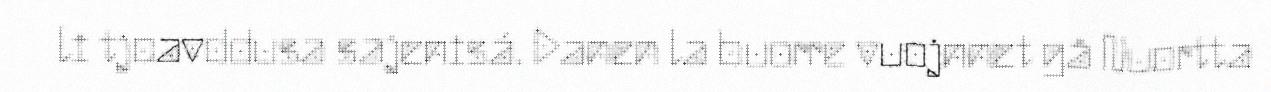
li tjoavddusa sajenisá. Danen la buorre vuojnnet gå Nuortta